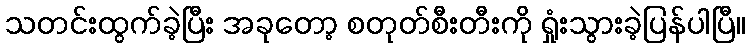
သတင်းထွက်ခဲ့ပြီး အခုတော့ စတုတ်စီးတီးကို ရှုံးသွားခဲ့ပြန်ပါပြီ။